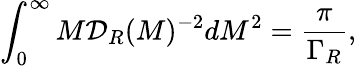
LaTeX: \int_{0}^{\infty}M{\cal D}_{R}(M)^{-2}dM^{2}=\frac{\pi}{\Gamma_{R}},